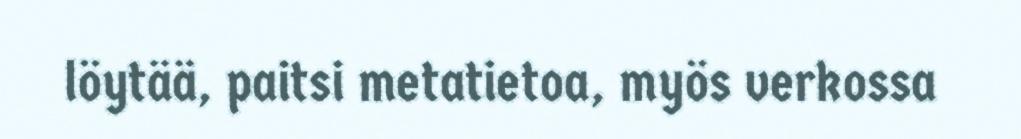
löytää, paitsi metatietoa, myös verkossa